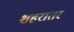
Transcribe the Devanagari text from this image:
शहरातर